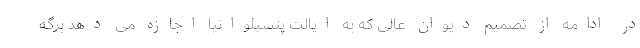
در ادامه از تصمیم دیوان عالی که به ایالت پنسیلوانیا اجازه می دهد برگه